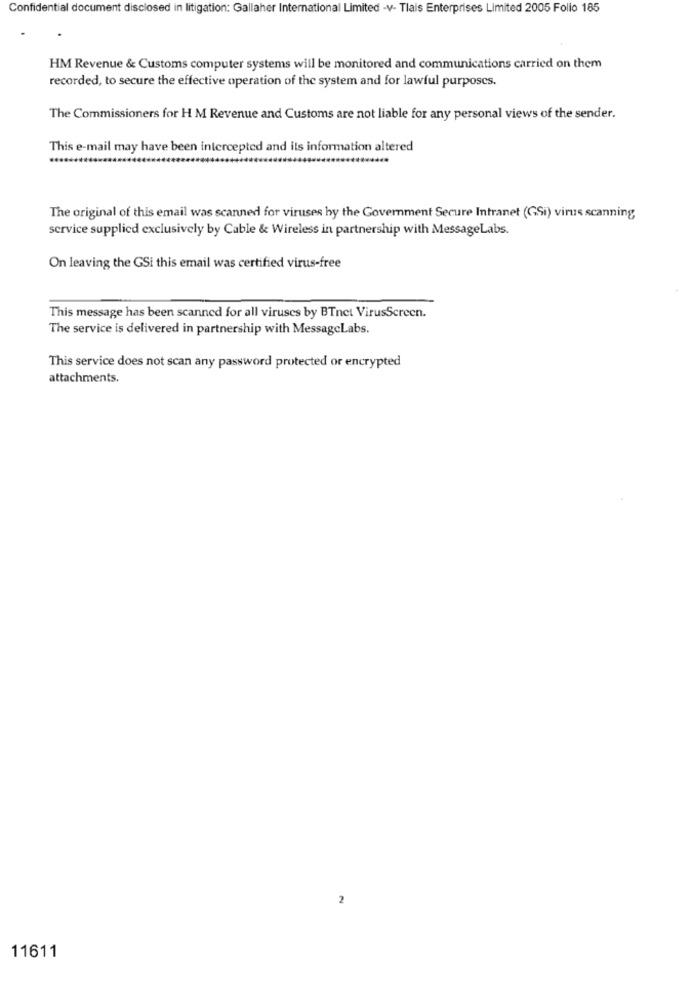
Confidential document disclosed in litigation: Gallaher International Limited -v- Tlais Enterprises Limited 2005 Folio 185
HM Revenue & Customs computer systems will be monitored and communications carried on them
recorded, to secure the effective operation of the system and for lawful purposes.
The Commissioners for H M Revenue and Customs are not liable for any personal views of the sender.
This e-mail may have been intercepted and its information altered
The original of this email was scanned for viruses by the Government Secure Intranet (GSi) virus scanning
service supplied exclusively by Cable & Wireless in partnership with MessageLabs.
On leaving the GSi this email was certified virus-free
This message has been scanned for all viruses by BTnet VirusScreen.
The service is delivered in partnership with MessageLabs.
This service does not scan any password protected or encrypted
attachments.
2
11611